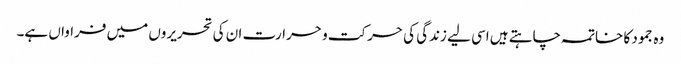
وہ جمود کا خاتمہ چاہتے ہیں اسی لیے زندگی کی حرکت و حرارت ان کی تحریروں میں فراواں ہے۔